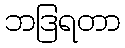
ဘဒြရတာ